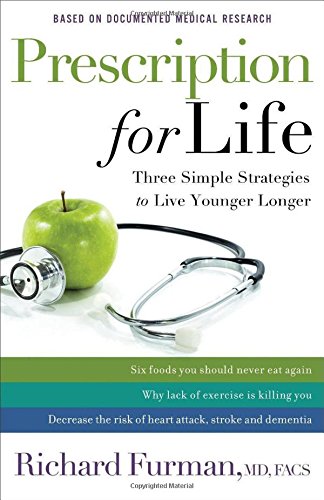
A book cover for Prescription for Life: Three Simple Strategies to Live Younger Longer; Richard MD, FACS Furman; Health, Fitness & Dieting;